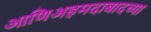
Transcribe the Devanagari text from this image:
आणिअहमदाबादच्या